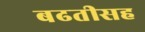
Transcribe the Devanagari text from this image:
बढतीसह